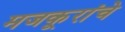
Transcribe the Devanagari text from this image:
मजकूरांचे